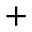
+